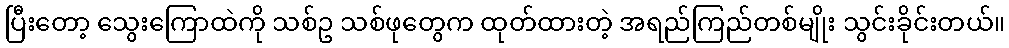
ပြီးတော့ သွေးကြောထဲကို သစ်ဥ သစ်ဖုတွေက ထုတ်ထားတဲ့ အရည်ကြည်တစ်မျိုး သွင်းခိုင်းတယ်။